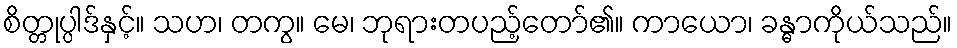
စိတ္တုပ္ပါဒ်နှင့်။ သဟ၊ တကွ။ မေ၊ ဘုရားတပည့်တော်၏။ ကာယော၊ ခန္ဓာကိုယ်သည်။